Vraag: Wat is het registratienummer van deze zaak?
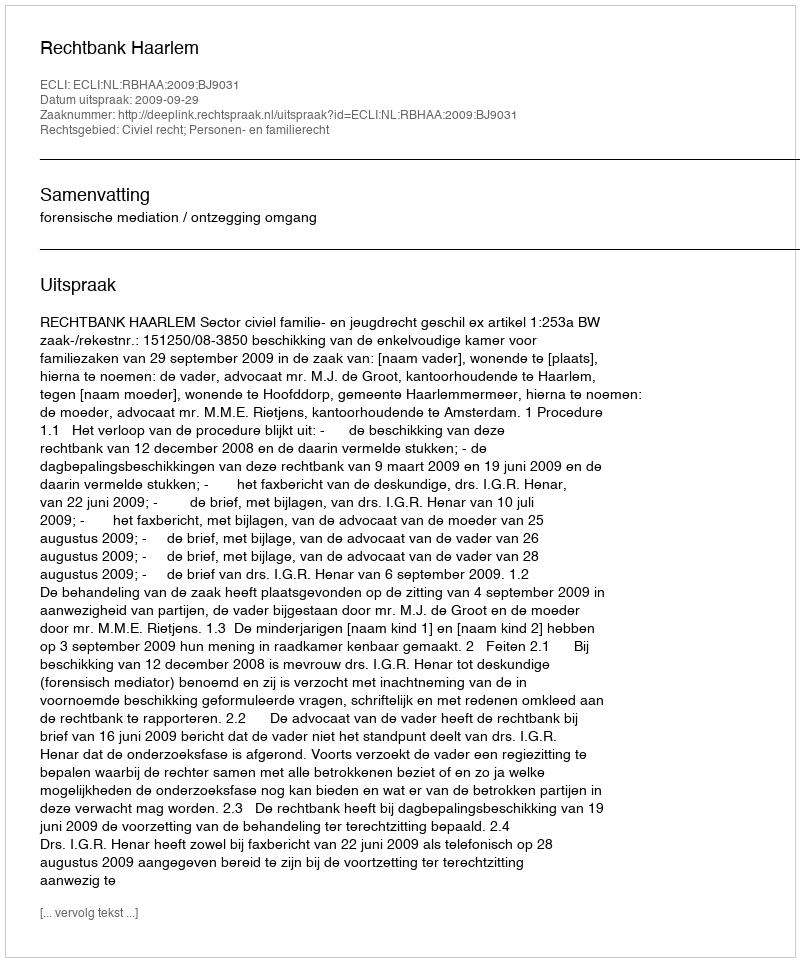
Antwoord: http://deeplink.rechtspraak.nl/uitspraak?id=ECLI:NL:RBHAA:2009:BJ9031